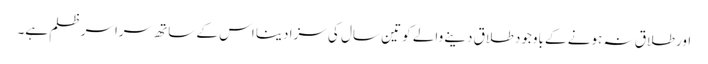
اور طلاق نہ ہونے کے باوجود طلاق دینے والے کو تین سال کی سزا دینا اس کے ساتھ سراسر ظلم ہے۔